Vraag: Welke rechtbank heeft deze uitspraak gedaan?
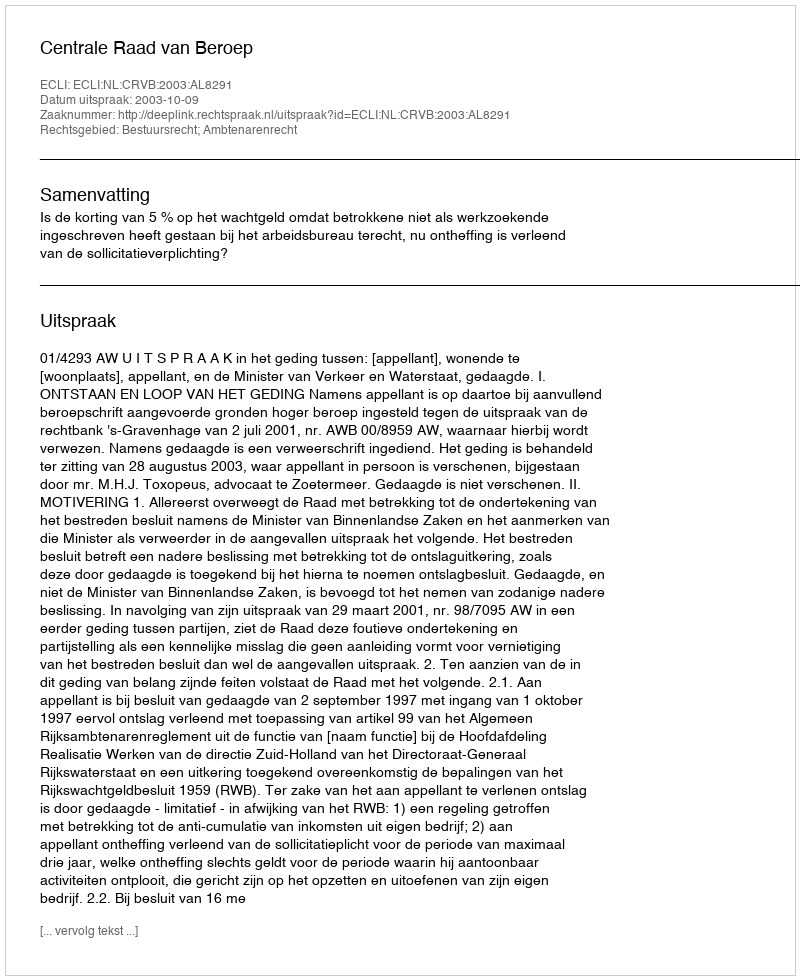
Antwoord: Centrale Raad van Beroep